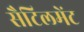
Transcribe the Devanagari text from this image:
सैटिलमेंट